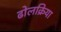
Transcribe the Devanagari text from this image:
ढोलक्रिया